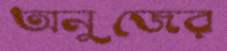
অনুজের